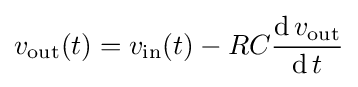
v_{\text{out}}(t)=v_{\text{in}}(t)-RC{\frac {\operatorname {d} v_{\text{out}}}{\operatorname {d} t}}